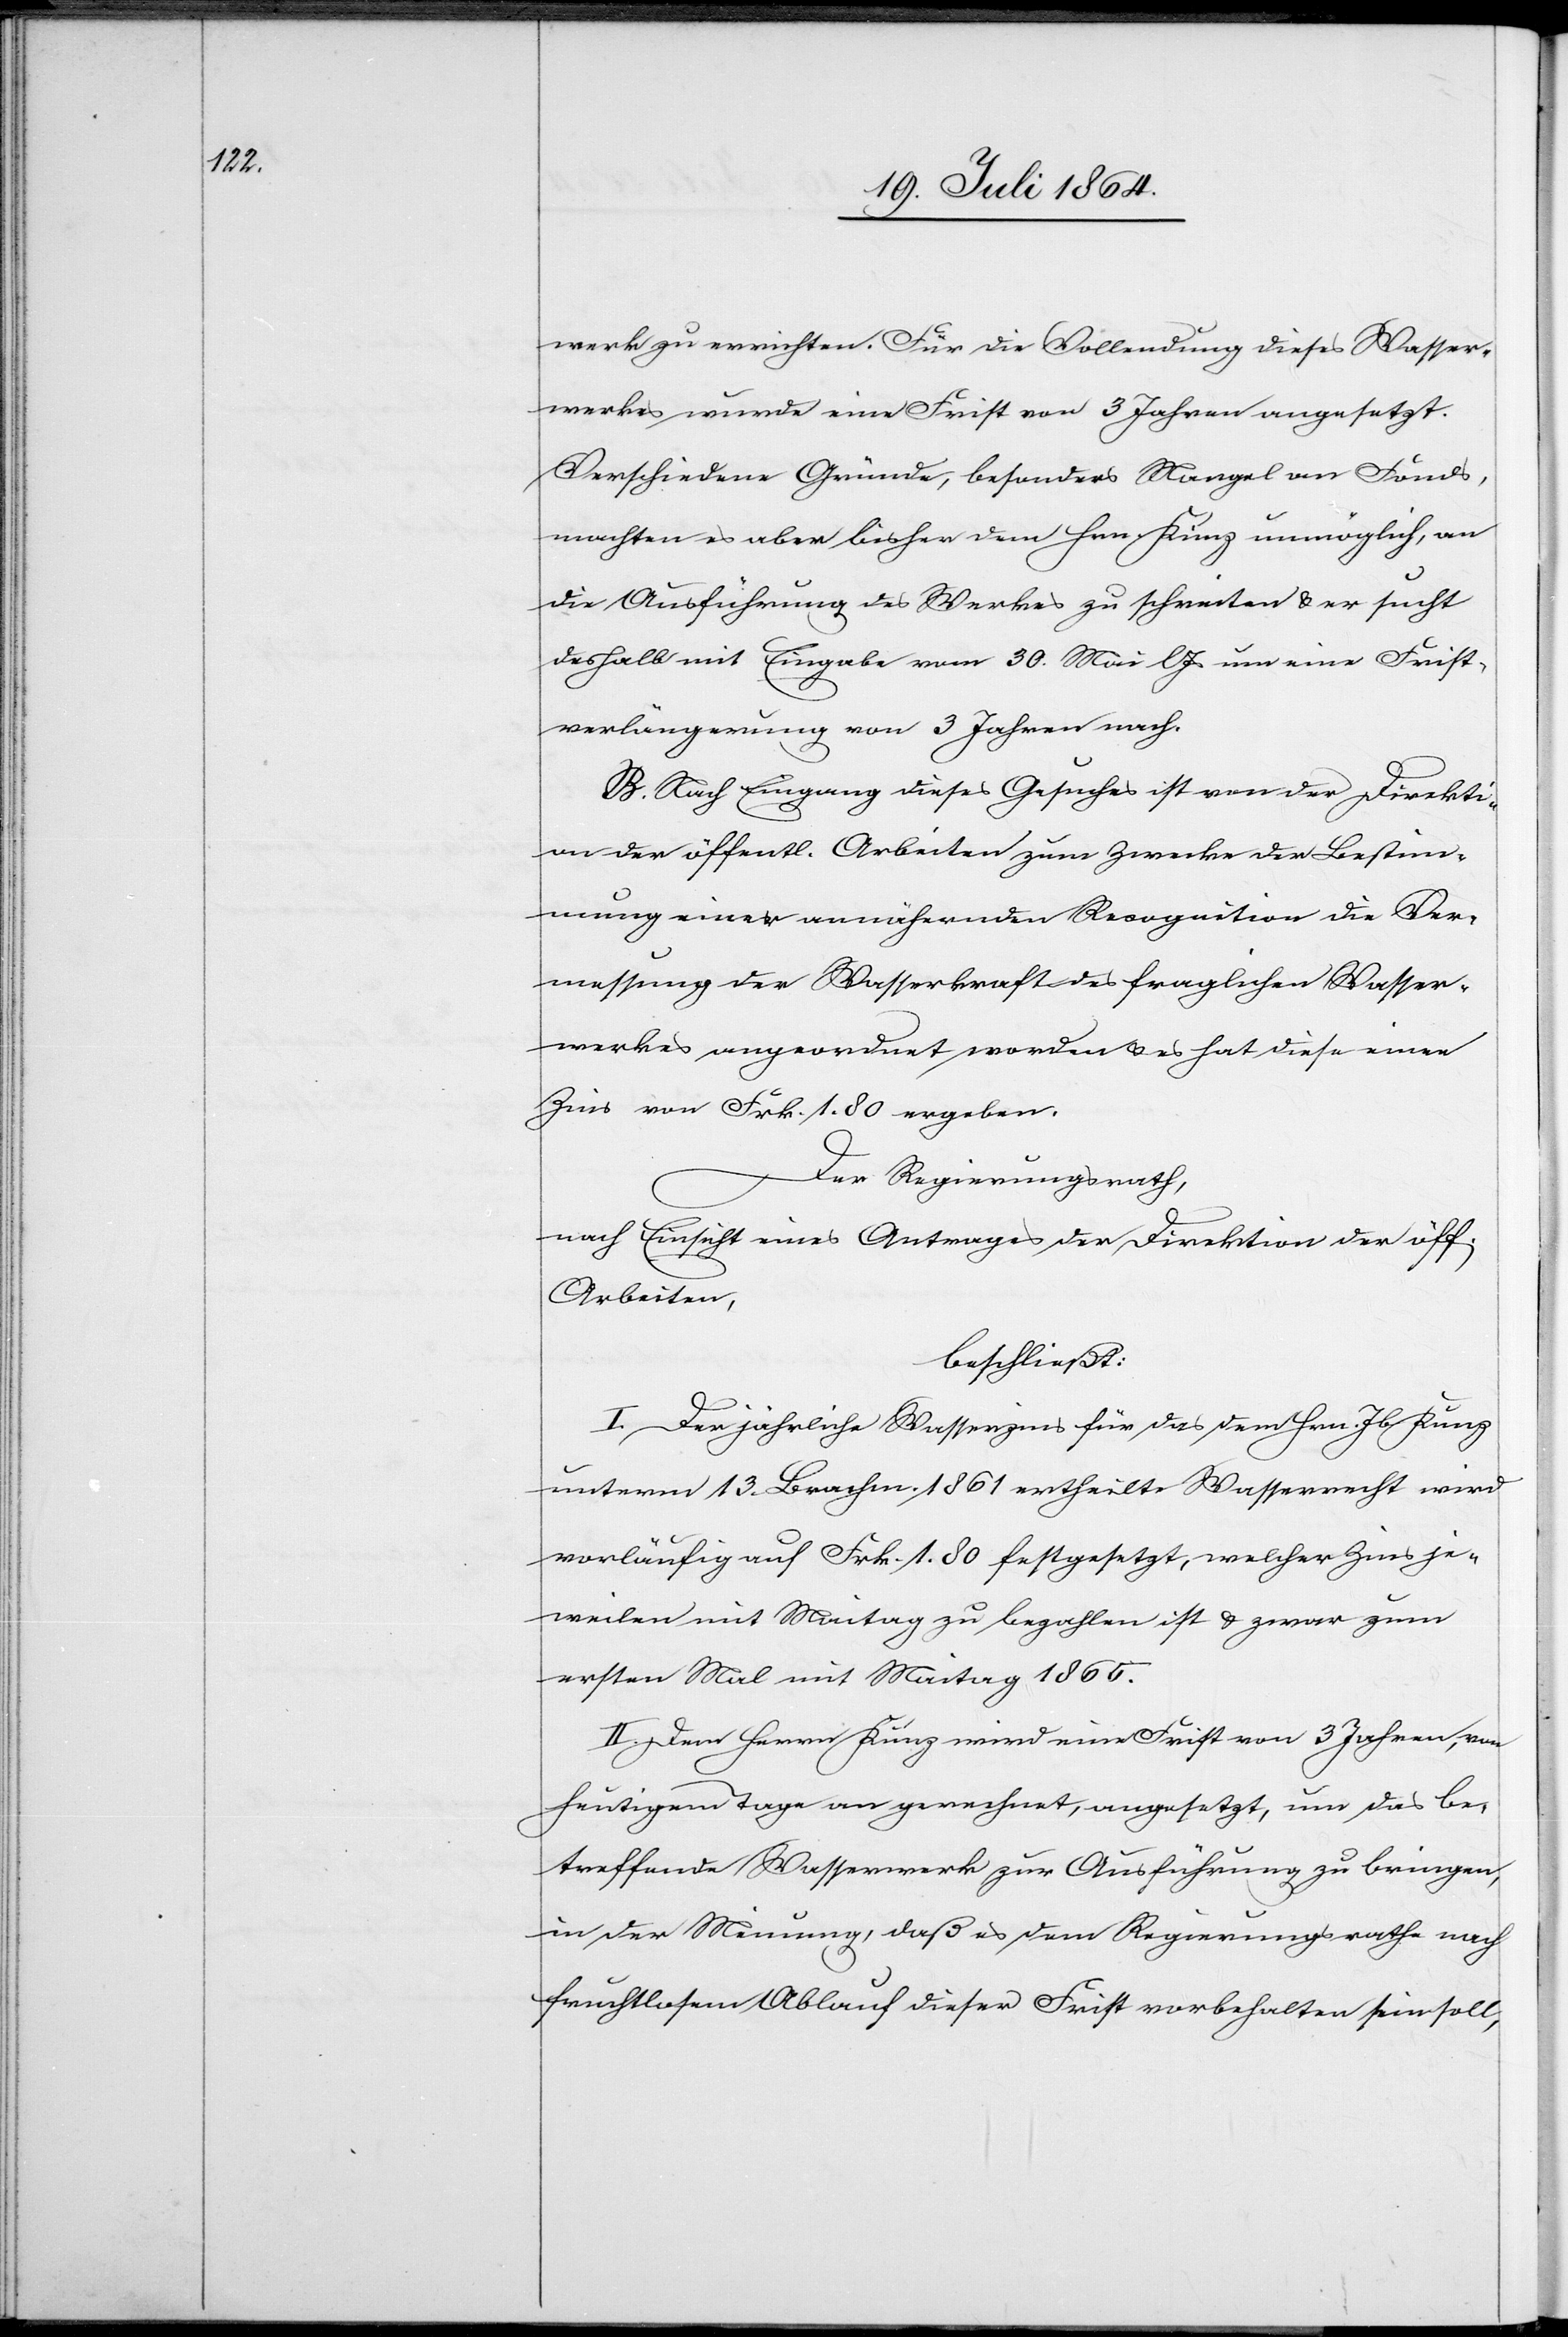
werk zu errichten. Für die Vollendung dieses Wasser¬
werkes wurde eine Frist von 3 Jahren angesetzt.
Verschiedene Gründe, besonders Mangel an Fonds
machten es aber bisher dem Hrn. Kunz unmöglich, an
die Ausführung des Werkes zu schreiten u. er sucht
deshalb mit Eingabe vom 30. Mai l. Js. um eine Frist¬
verlängerung von 3 Jahren nach.
B. Nach Eingang dieses Gesuches ist von der Direkti¬
on der öffentl. Arbeiten zum Zwecke der Bestim¬
mung einer annähernden Recognition die Ver¬
messung der Wasserkraft des fraglichen Wasser¬
werkes angeordnet worden u. es hat diese einen
Zins von Frk. 1.80 ergeben.
Der Regierungsrath,
nach Einsicht eines Antrages der Direktion der öff.
Arbeiten,
beschließt:
I. Der jährliche Wasserzins für das dem Hrn. Jb. Kunz
unterm 13. Brachm. 1861 ertheilte Wasserrecht wird
vorläufig auf Frk. 1.80 festgesetzt, welcher Zins je¬
weilen mit Maitag zu bezahlen ist u. zwar zum
ersten Mal mit Maitag 1865.
II. Dem Herrn Kunz wird eine Frist von 3 Jahren, vom
heutigen Tage an gerechnet, angesetzt, um das be¬
treffende Wasserwerk zur Ausführung zu bringen,
in der Meinung, daß es dem Regierungsrathe nach
fruchtlosem Ablauf dieser Frist vorbehalten sein soll,